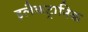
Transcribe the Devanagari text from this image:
इलैकट्रानिक